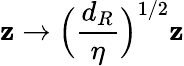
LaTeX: \mathbf{z}\rightarrow\Big(\frac{{d_{R}}}{{\eta}}\Big)^{1/2}\mathbf{z}